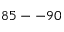
8 5 -- 9 0